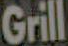
Grill